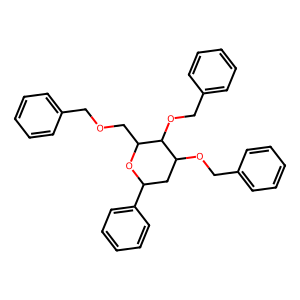
SMILES: c1ccc(COCC2OC(c3ccccc3)CC(OCc3ccccc3)C2OCc2ccccc2)cc1
Inhibits HIV replication: No